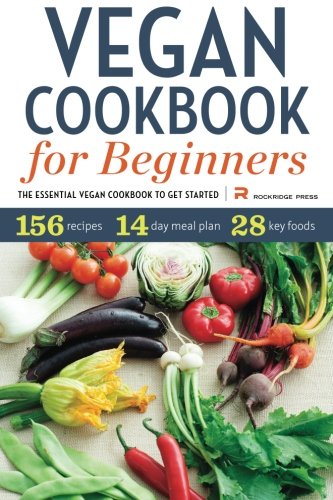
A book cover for Vegan Cookbook for Beginners: The Essential Vegan Cookbook to Get Started; Rockridge Press; Cookbooks, Food & Wine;